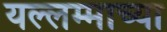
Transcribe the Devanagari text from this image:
यल्लम्माच्या